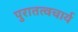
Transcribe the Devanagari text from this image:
पुरातत्वचार्य